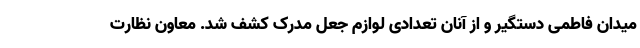
میدان فاطمی دستگیر و از آنان تعدادی لوازم جعل مدرک کشف شد. معاون نظارت